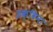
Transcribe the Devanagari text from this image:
इक्विना